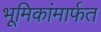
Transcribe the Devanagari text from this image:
भूमिकांमार्फत